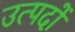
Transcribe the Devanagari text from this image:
उत्पदों